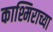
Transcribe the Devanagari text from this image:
काश्मिराच्या